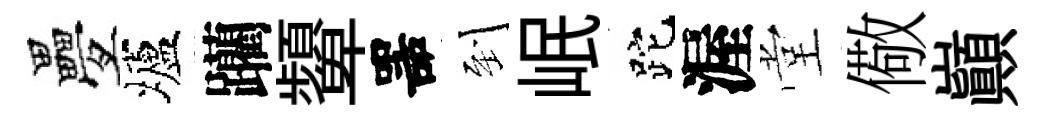
疊壚躪顰噐到岷跎渥堂儆巔